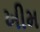
ખીમ